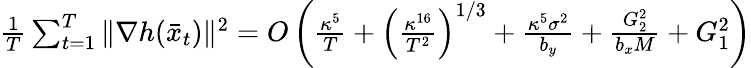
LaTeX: \begin{array}{r}{\frac{1}{T}\sum_{t=1}^{T}\| \nabla h(\bar{x}_{t})\| ^{2}=O\left(\frac{\kappa^{5}}{T}+\left(\frac{\kappa^{16}}{T^{2}}\right)^{1/3}+\frac{\kappa^{5}\sigma^{2}}{b_{y}}+\frac{G_{2}^{2}}{b_{x}M}+G_{1}^{2}\right)}\end{array}